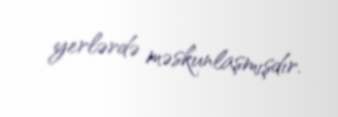
yerlərdə məskunlaşmışdır.